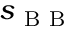
s _ { \mathrm { ~ B ~ B ~ } }